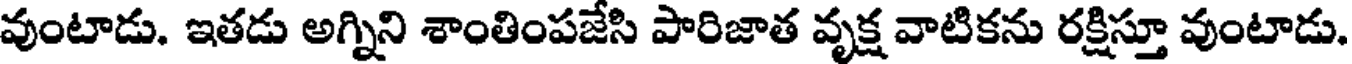
వుంటాడు. ఇతడు అగ్నిని శాంతింపజేసి పారిజాత వృక్ష వాటికను రక్షిస్తూ వుంటాడు.